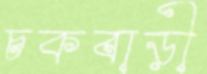
চকবাড়ী